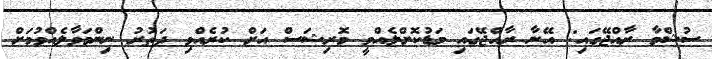
ސުޝްމާ ރާއްޖޭގައި: އޭނާ ރާއްޖޭގައި މަޑުކޮށްލެއްވީ މޮރިޝަސް އަށް ކުރެއްވި ދަތުރު ނިންމަވާލެއްވުމަށް